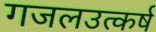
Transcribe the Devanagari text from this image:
गजलउत्कर्ष